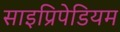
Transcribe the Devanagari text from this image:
साइप्रिपेडियम